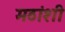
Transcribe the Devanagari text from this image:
मठांशी